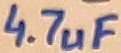
Text: 4.7uF